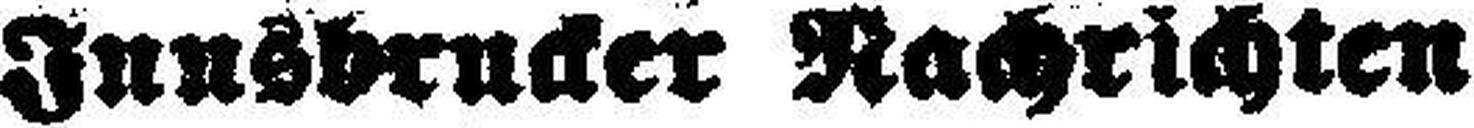
Inssbrucker Nachrichten